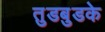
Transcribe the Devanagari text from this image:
तुडबुडके